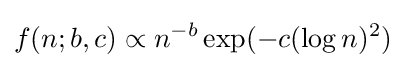
f(n;b,c)\propto n^{-b}\exp(-c(\log n)^{2})